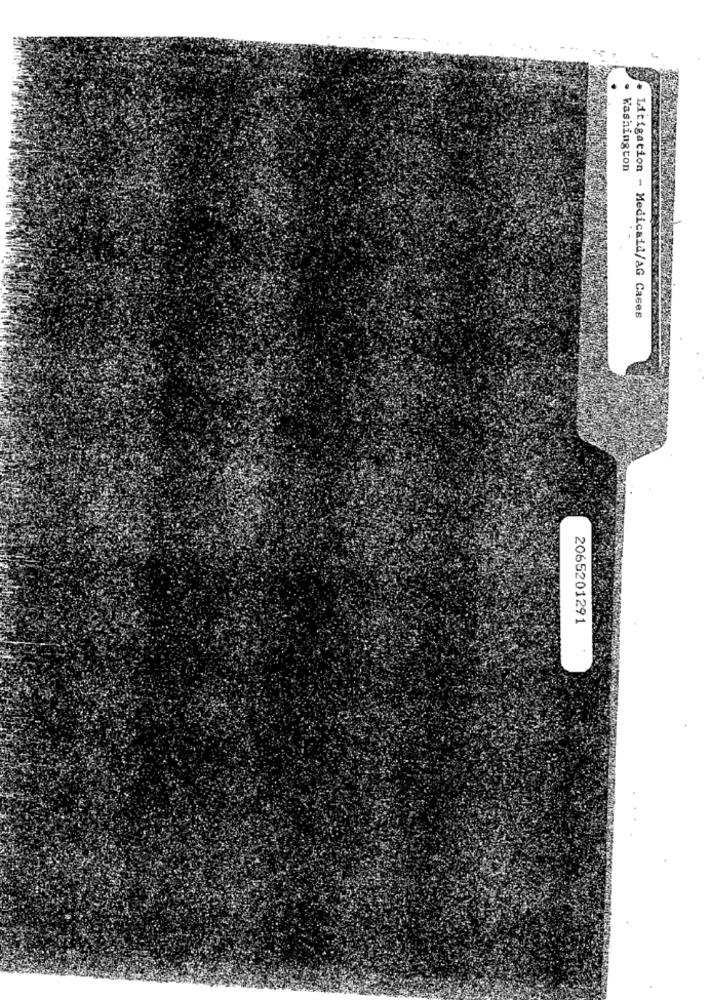
Washington
Litigation - Medicaid/AG Cases
2065201291